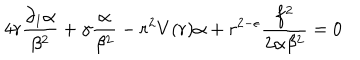
4 r \frac { \partial _ { 1 } \alpha } { \beta ^ { 2 } } + \gamma \frac { \alpha } { \beta ^ { 2 } } - r ^ { 2 } V ( r ) \alpha + r ^ { 2 - \epsilon } \frac { f ^ { 2 } } { 2 \alpha \beta ^ { 2 } } = 0